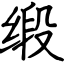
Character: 缎